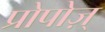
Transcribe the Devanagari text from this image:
प्रोपोज़्